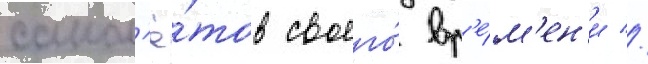
самол'ё́тов своего́ вр'е́м'ен'и //